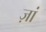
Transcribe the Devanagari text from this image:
ज़ां